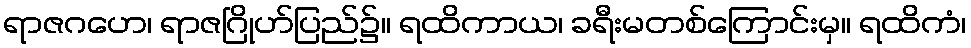
ရာဇဂဟေ၊ ရာဇဂြိုဟ်ပြည်၌။ ရထိကာယ၊ ခရီးမတစ်ကြောင်းမှ။ ရထိကံ၊